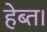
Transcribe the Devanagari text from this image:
हेब्त।